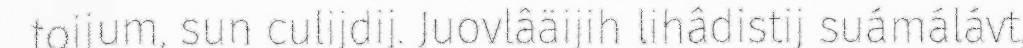
toijum, sun culijdij. Juovlâäijih lihâdistij suámálávt,